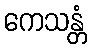
ကေသန္တံ